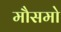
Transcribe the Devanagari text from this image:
मौसमो